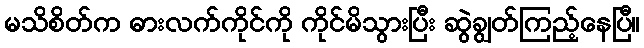
မသိစိတ်က ဓားလက်ကိုင်ကို ကိုင်မိသွားပြီး ဆွဲချွတ်ကြည့်နေပြီ။